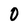
Character: 0